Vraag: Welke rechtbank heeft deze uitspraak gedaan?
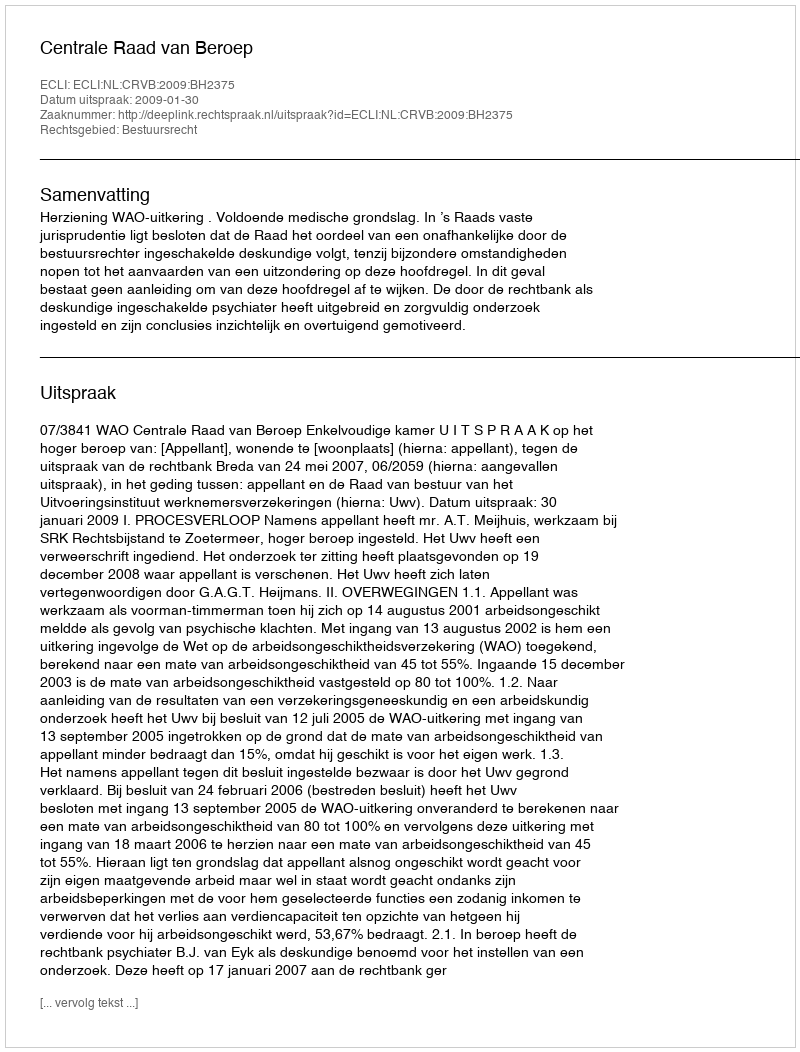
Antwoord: Centrale Raad van Beroep